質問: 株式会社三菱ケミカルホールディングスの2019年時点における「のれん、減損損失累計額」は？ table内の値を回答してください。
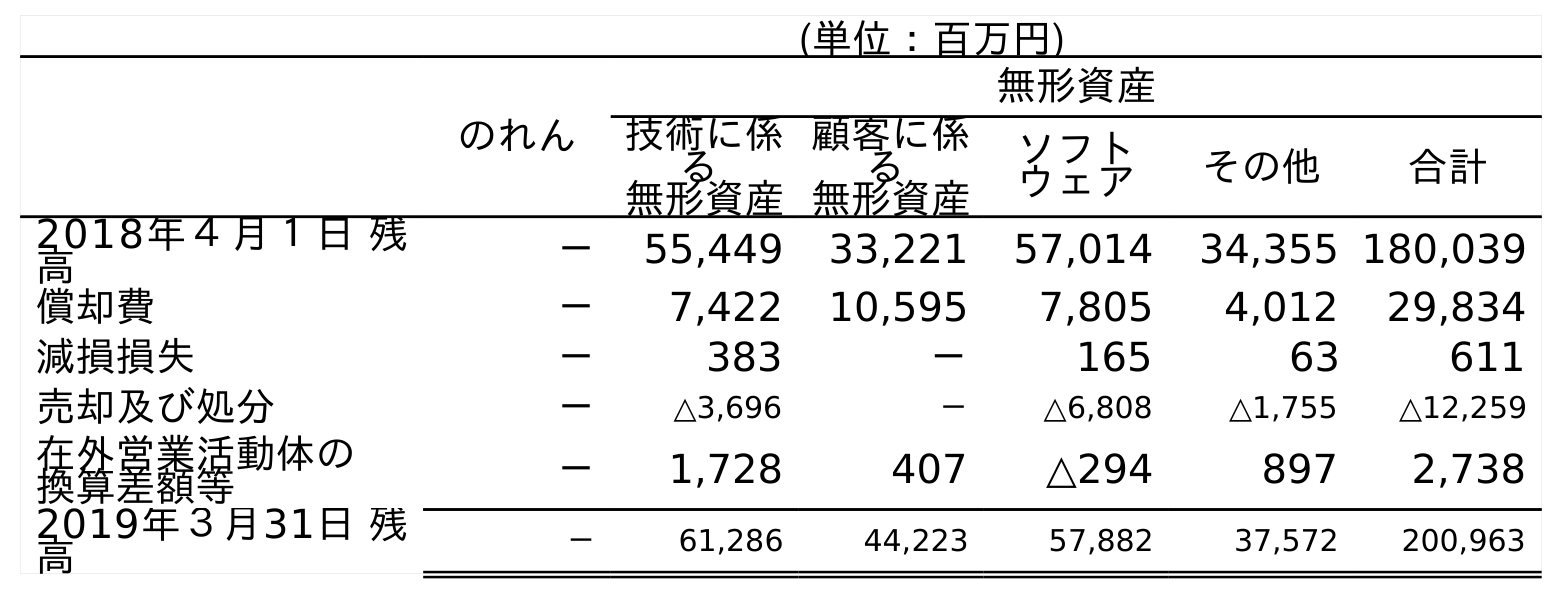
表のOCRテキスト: (単位：百万円) のれん 無形資産 技術に係 る 無形資産 顧客に係 る 無形資産 ソフト ウェア その他 合計 2018年４月１日 残 高 － 55,449 33,221 57,014 34,355 180,039 償却費 － 7,422 10,595 7,805 4,012 29,834 減損損失 － 383 － 165 63 611 売却及び処分 － △3,696 － △6,808 △1,755 △12,259 在外営業活動体の 換算差額等 － 1,728 407 △294 897 2,738 2019年３月31日 残 高 － 61,286 44,223 57,882 37,572 200,963
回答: －